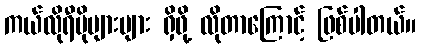
ကယ်လိုရီပိုများများ ရှိဖို့ လိုတာကြောင့် ဖြစ်ပါတယ်။